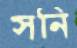
সনি